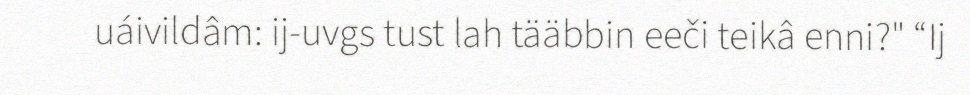
uáivildâm: ij-uvgs tust lah tääbbin eeči teikâ enni?" “Ij